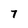
Character: 7